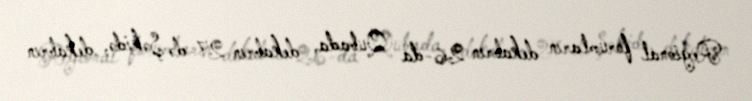
Regional forumların dekabrın 26-da Qubada, dekabrın 27-də Şəkidə, dekabrın